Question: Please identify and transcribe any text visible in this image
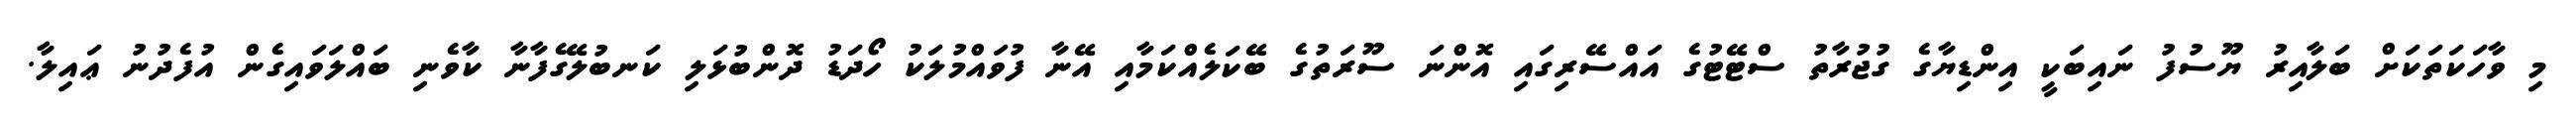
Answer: މި ވާހަކަތަކަށް ބަލާއިރު ޔޫސުފު ނައިބަކީ އިންޑިޔާގެ ގުޖުރާތު ސްޓޭޓުގެ އައްސޭރިގައި އޮންނަ ސޫރަތުގެ ބޭކަލެއްކަމާއި އޭނާ ފުވައްމުލަކު ހޯދަޑު ދޮންބުޅަލި ކަނބުލޭގެފާނާ ކާވެނި ބައްލަވައިގެން އުފެދުނު ޢައިލާ.